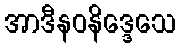
အာဒီနဝနိဒ္ဒေသေ